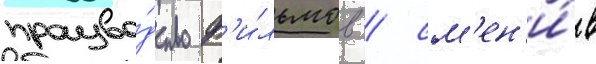
произво́дство ф'и́льмов / см'ен'и́в